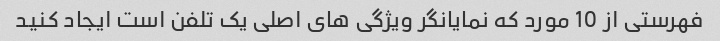
فهرستی از 10 مورد که نمایانگر ویژگی های اصلی یک تلفن است ایجاد کنید